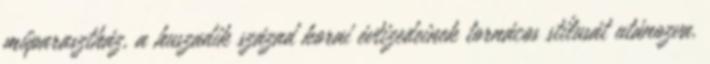
műparasztház, a huszadik század korai évtizedeinek tornácos stílusát utánozva.